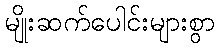
မျိုးဆက်ပေါင်းများစွာ